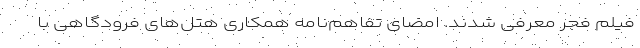
فیلم فجر معرفی شدند. امضای تفاهم‌نامه همکاری هتل‌های فرودگاهی با